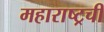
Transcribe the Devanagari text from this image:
महाराष्ट्रची